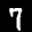
Label: 7